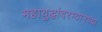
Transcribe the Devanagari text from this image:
महायुद्धांदरम्यानच्या